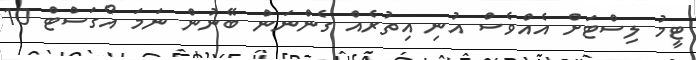
ޓީމު ލިސްޓަށް އެއްވެސް އުނި އިތުރެއް ގެންނަން ބޭނުން ނަމަ އޯގަސްޓް 10